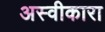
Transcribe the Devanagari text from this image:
अस्वीकारा